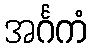
အင်္ဂကံ